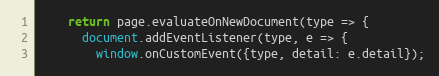
Language: JavaScript
    return page.evaluateOnNewDocument(type => {
      document.addEventListener(type, e => {
        window.onCustomEvent({type, detail: e.detail});